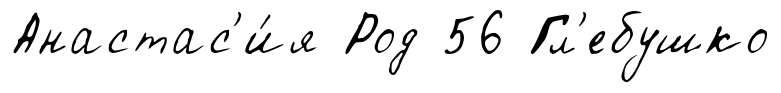
Анастас'и́я Род 56 Гл'ебушко